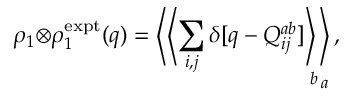
\rho _ { 1 } { \otimes } \rho _ { 1 } ^ { \mathrm { e x p t } } ( q ) = \left\langle \left\langle \sum _ { i , j } \delta [ q - Q _ { i j } ^ { a b } ] \right\rangle _ { \! \! b } \right\rangle _ { \! \! \! a } ,